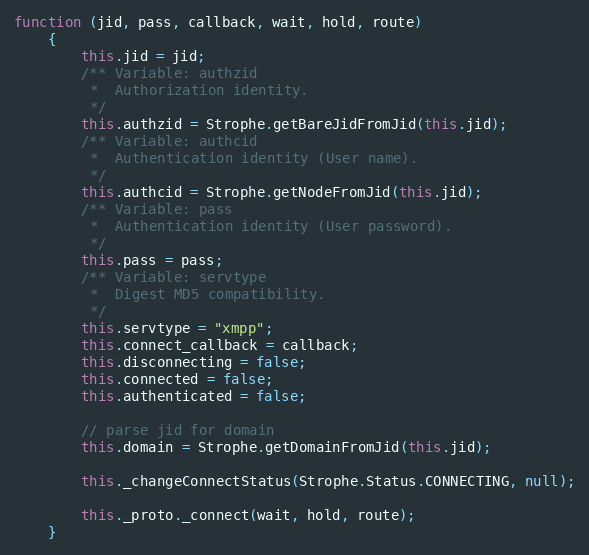
Language: JavaScript
function (jid, pass, callback, wait, hold, route)
    {
        this.jid = jid;
        /** Variable: authzid
         *  Authorization identity.
         */
        this.authzid = Strophe.getBareJidFromJid(this.jid);
        /** Variable: authcid
         *  Authentication identity (User name).
         */
        this.authcid = Strophe.getNodeFromJid(this.jid);
        /** Variable: pass
         *  Authentication identity (User password).
         */
        this.pass = pass;
        /** Variable: servtype
         *  Digest MD5 compatibility.
         */
        this.servtype = "xmpp";
        this.connect_callback = callback;
        this.disconnecting = false;
        this.connected = false;
        this.authenticated = false;

        // parse jid for domain
        this.domain = Strophe.getDomainFromJid(this.jid);

        this._changeConnectStatus(Strophe.Status.CONNECTING, null);

        this._proto._connect(wait, hold, route);
    }